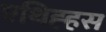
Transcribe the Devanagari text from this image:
एथिह्हस